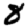
Digit: 8